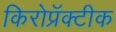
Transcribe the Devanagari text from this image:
किरोप्रॅक्टीक